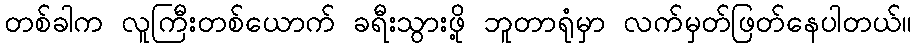
တစ်ခါက လူကြီးတစ်ယောက် ခရီးသွားဖို့ ဘူတာရုံမှာ လက်မှတ်ဖြတ်နေပါတယ်။